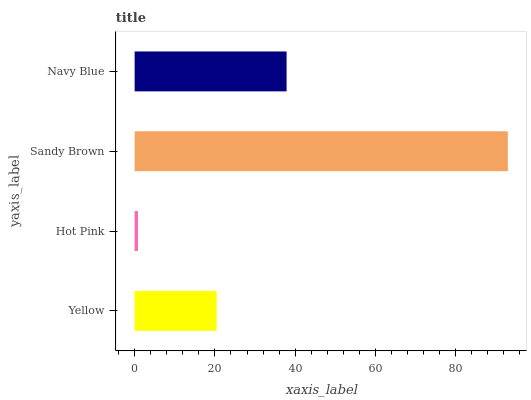
| yaxis_label | bars |
 | --- | --- |
 | Yellow | 20.4 |
 | Hot Pink | 0.844 |
 | Sandy Brown | 93 |
 | Navy Blue | 37.9 |